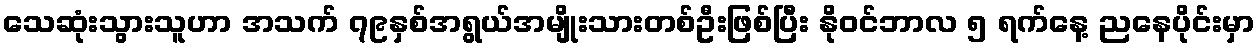
သေဆုံးသွားသူဟာ အသက် ၇၉နှစ်အရွယ်အမျိုးသားတစ်ဦးဖြစ်ပြီး နိုဝင်ဘာလ ၅ ရက်နေ့ ညနေပိုင်းမှာ